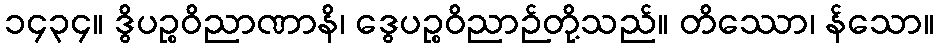
၁၄၃၄။ ဒွိပဉ္စဝိညာဏာနိ၊ ဒွေပဉ္စဝိညာဉ်တို့သည်။ တိဿော၊ န်သော။